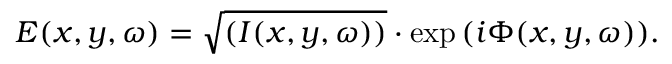
E ( x , y , \omega ) = \sqrt { ( I ( x , y , \omega ) ) } \cdot \exp { \left( i \Phi ( x , y , \omega ) \right) } .